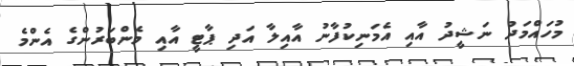
މުހައްމަދު ނަޝީދު އާއި އެމަނިކުފާނު އާއިލާ އަދި ޕާޓީ އާއި މެންބަރުންގެ އެންމެ